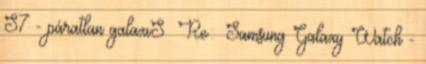
S7 - páratlan galaxiS Re: Samsung Galaxy Watch -